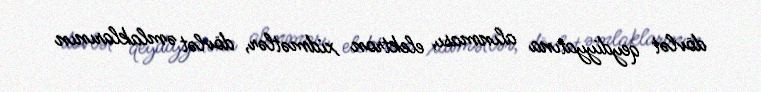
dövlət qeydiyyatına alınması, elektron xidmətlər, dövlət əmlaklarının